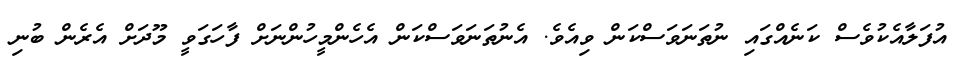
އުފަލާއެކުވެސް ކަނެއްގައި ނުތަނަވަސްކަން ވިއެވެ. އެނުތަނަވަސްކަން އެހެންމީހުންނަށް ފާހަގަވީ މޫދަށް އެރެން ބުނި